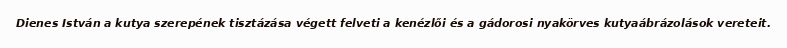
Dienes István a kutya szerepének tisztázása végett felveti a kenézlői és a gádorosi nyakörves kutyaábrázolások vereteit.